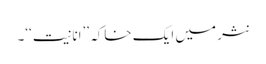
نثر میں ایک خاکہ ’’انانیت‘‘۔